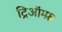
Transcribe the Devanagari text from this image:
ट्रिऑम्फ़